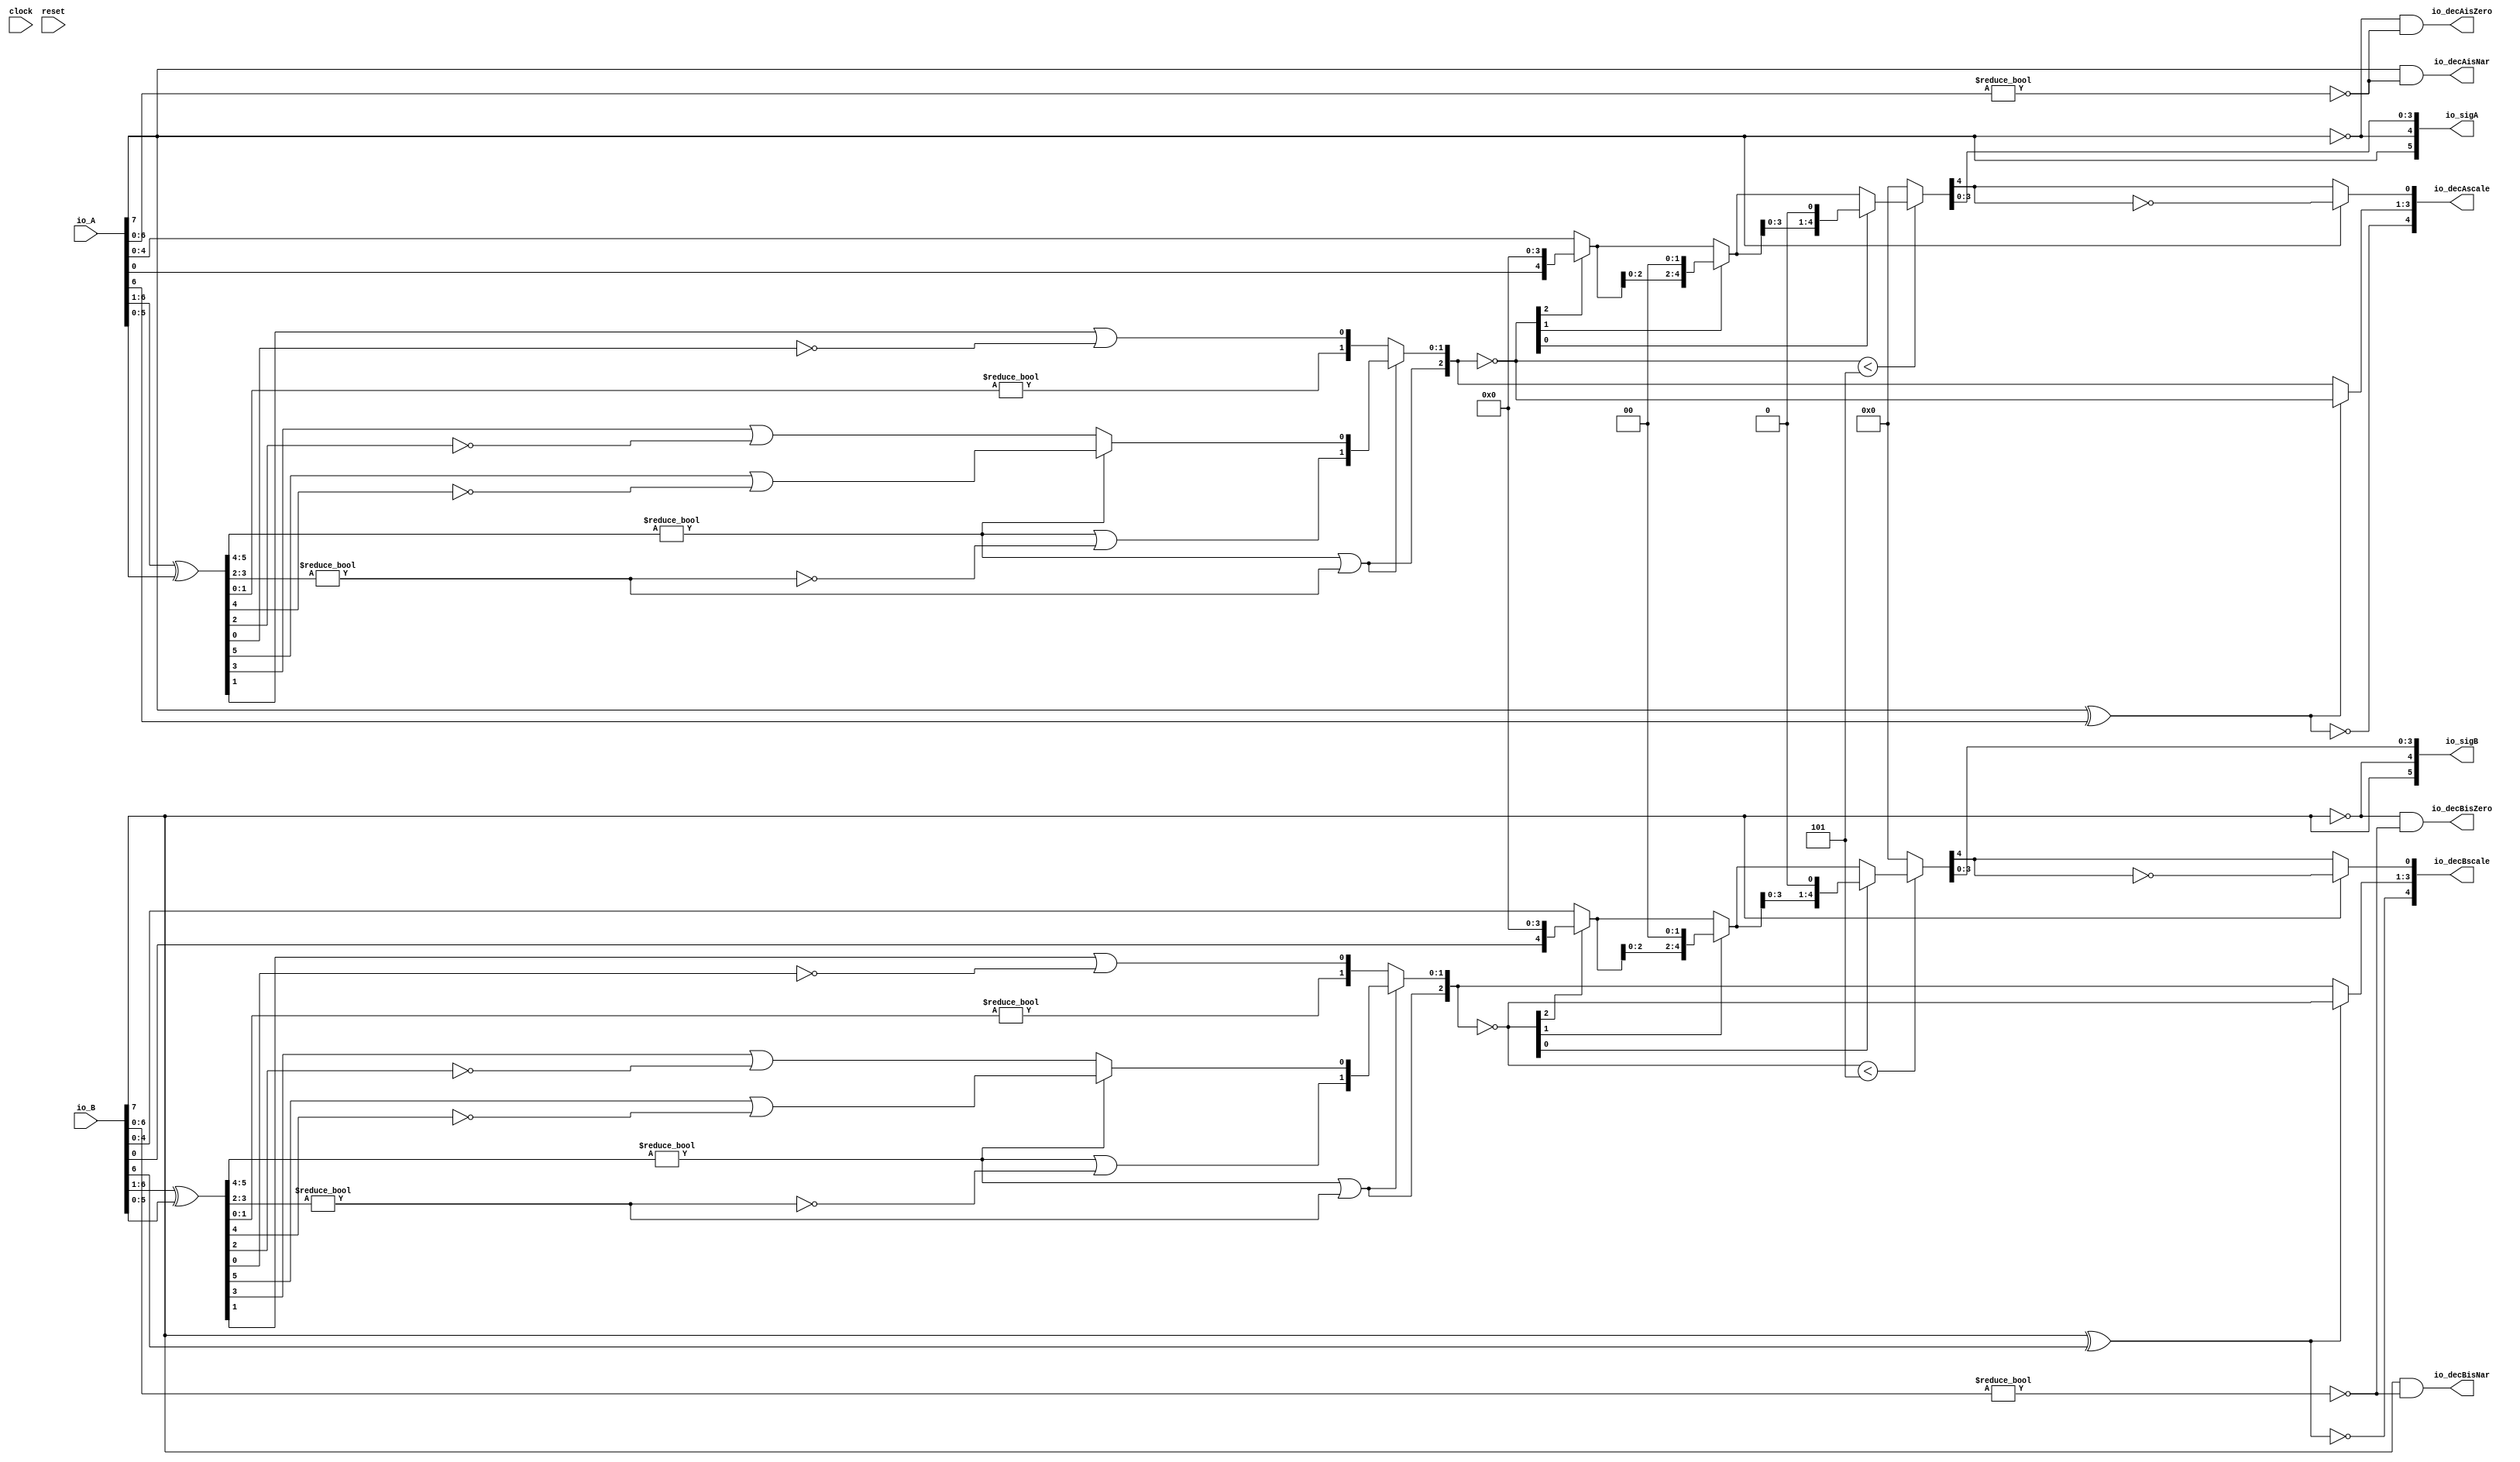
module PositMulDec8_1(
  input        clock,
  input        reset,
  input  [7:0] io_A,
  input  [7:0] io_B,
  output [5:0] io_sigA,
  output [5:0] io_sigB,
  output [4:0] io_decAscale,
  output [4:0] io_decBscale,
  output       io_decAisNar,
  output       io_decBisNar,
  output       io_decAisZero,
  output       io_decBisZero
);
  wire  _T_1; // @[convert.scala 18:24]
  wire  _T_2; // @[convert.scala 18:40]
  wire  _T_3; // @[convert.scala 18:36]
  wire [5:0] _T_4; // @[convert.scala 19:24]
  wire [5:0] _T_5; // @[convert.scala 19:43]
  wire [5:0] _T_6; // @[convert.scala 19:39]
  wire [3:0] _T_7; // @[LZD.scala 43:32]
  wire [1:0] _T_8; // @[LZD.scala 43:32]
  wire  _T_9; // @[LZD.scala 39:14]
  wire  _T_10; // @[LZD.scala 39:21]
  wire  _T_11; // @[LZD.scala 39:30]
  wire  _T_12; // @[LZD.scala 39:27]
  wire  _T_13; // @[LZD.scala 39:25]
  wire [1:0] _T_14; // @[Cat.scala 29:58]
  wire [1:0] _T_15; // @[LZD.scala 44:32]
  wire  _T_16; // @[LZD.scala 39:14]
  wire  _T_17; // @[LZD.scala 39:21]
  wire  _T_18; // @[LZD.scala 39:30]
  wire  _T_19; // @[LZD.scala 39:27]
  wire  _T_20; // @[LZD.scala 39:25]
  wire [1:0] _T_21; // @[Cat.scala 29:58]
  wire  _T_22; // @[Shift.scala 12:21]
  wire  _T_23; // @[Shift.scala 12:21]
  wire  _T_24; // @[LZD.scala 49:16]
  wire  _T_25; // @[LZD.scala 49:27]
  wire  _T_26; // @[LZD.scala 49:25]
  wire  _T_27; // @[LZD.scala 49:47]
  wire  _T_28; // @[LZD.scala 49:59]
  wire  _T_29; // @[LZD.scala 49:35]
  wire [2:0] _T_31; // @[Cat.scala 29:58]
  wire [1:0] _T_32; // @[LZD.scala 44:32]
  wire  _T_33; // @[LZD.scala 39:14]
  wire  _T_34; // @[LZD.scala 39:21]
  wire  _T_35; // @[LZD.scala 39:30]
  wire  _T_36; // @[LZD.scala 39:27]
  wire  _T_37; // @[LZD.scala 39:25]
  wire [1:0] _T_38; // @[Cat.scala 29:58]
  wire  _T_39; // @[Shift.scala 12:21]
  wire [1:0] _T_41; // @[LZD.scala 55:32]
  wire [1:0] _T_42; // @[LZD.scala 55:20]
  wire [2:0] _T_43; // @[Cat.scala 29:58]
  wire [2:0] _T_44; // @[convert.scala 21:22]
  wire [4:0] _T_45; // @[convert.scala 22:36]
  wire  _T_46; // @[Shift.scala 16:24]
  wire  _T_48; // @[Shift.scala 12:21]
  wire  _T_49; // @[Shift.scala 64:52]
  wire [4:0] _T_51; // @[Cat.scala 29:58]
  wire [4:0] _T_52; // @[Shift.scala 64:27]
  wire [1:0] _T_53; // @[Shift.scala 66:70]
  wire  _T_54; // @[Shift.scala 12:21]
  wire [2:0] _T_55; // @[Shift.scala 64:52]
  wire [4:0] _T_57; // @[Cat.scala 29:58]
  wire [4:0] _T_58; // @[Shift.scala 64:27]
  wire  _T_59; // @[Shift.scala 66:70]
  wire [3:0] _T_61; // @[Shift.scala 64:52]
  wire [4:0] _T_62; // @[Cat.scala 29:58]
  wire [4:0] _T_63; // @[Shift.scala 64:27]
  wire [4:0] _T_64; // @[Shift.scala 16:10]
  wire  _T_65; // @[convert.scala 23:34]
  wire [3:0] decA_fraction; // @[convert.scala 24:34]
  wire  _T_67; // @[convert.scala 25:26]
  wire [2:0] _T_69; // @[convert.scala 25:42]
  wire  _T_72; // @[convert.scala 26:67]
  wire  _T_73; // @[convert.scala 26:51]
  wire [4:0] _T_74; // @[Cat.scala 29:58]
  wire [6:0] _T_76; // @[convert.scala 29:56]
  wire  _T_77; // @[convert.scala 29:60]
  wire  _T_78; // @[convert.scala 29:41]
  wire  _T_81; // @[convert.scala 30:19]
  wire  _T_90; // @[convert.scala 18:24]
  wire  _T_91; // @[convert.scala 18:40]
  wire  _T_92; // @[convert.scala 18:36]
  wire [5:0] _T_93; // @[convert.scala 19:24]
  wire [5:0] _T_94; // @[convert.scala 19:43]
  wire [5:0] _T_95; // @[convert.scala 19:39]
  wire [3:0] _T_96; // @[LZD.scala 43:32]
  wire [1:0] _T_97; // @[LZD.scala 43:32]
  wire  _T_98; // @[LZD.scala 39:14]
  wire  _T_99; // @[LZD.scala 39:21]
  wire  _T_100; // @[LZD.scala 39:30]
  wire  _T_101; // @[LZD.scala 39:27]
  wire  _T_102; // @[LZD.scala 39:25]
  wire [1:0] _T_103; // @[Cat.scala 29:58]
  wire [1:0] _T_104; // @[LZD.scala 44:32]
  wire  _T_105; // @[LZD.scala 39:14]
  wire  _T_106; // @[LZD.scala 39:21]
  wire  _T_107; // @[LZD.scala 39:30]
  wire  _T_108; // @[LZD.scala 39:27]
  wire  _T_109; // @[LZD.scala 39:25]
  wire [1:0] _T_110; // @[Cat.scala 29:58]
  wire  _T_111; // @[Shift.scala 12:21]
  wire  _T_112; // @[Shift.scala 12:21]
  wire  _T_113; // @[LZD.scala 49:16]
  wire  _T_114; // @[LZD.scala 49:27]
  wire  _T_115; // @[LZD.scala 49:25]
  wire  _T_116; // @[LZD.scala 49:47]
  wire  _T_117; // @[LZD.scala 49:59]
  wire  _T_118; // @[LZD.scala 49:35]
  wire [2:0] _T_120; // @[Cat.scala 29:58]
  wire [1:0] _T_121; // @[LZD.scala 44:32]
  wire  _T_122; // @[LZD.scala 39:14]
  wire  _T_123; // @[LZD.scala 39:21]
  wire  _T_124; // @[LZD.scala 39:30]
  wire  _T_125; // @[LZD.scala 39:27]
  wire  _T_126; // @[LZD.scala 39:25]
  wire [1:0] _T_127; // @[Cat.scala 29:58]
  wire  _T_128; // @[Shift.scala 12:21]
  wire [1:0] _T_130; // @[LZD.scala 55:32]
  wire [1:0] _T_131; // @[LZD.scala 55:20]
  wire [2:0] _T_132; // @[Cat.scala 29:58]
  wire [2:0] _T_133; // @[convert.scala 21:22]
  wire [4:0] _T_134; // @[convert.scala 22:36]
  wire  _T_135; // @[Shift.scala 16:24]
  wire  _T_137; // @[Shift.scala 12:21]
  wire  _T_138; // @[Shift.scala 64:52]
  wire [4:0] _T_140; // @[Cat.scala 29:58]
  wire [4:0] _T_141; // @[Shift.scala 64:27]
  wire [1:0] _T_142; // @[Shift.scala 66:70]
  wire  _T_143; // @[Shift.scala 12:21]
  wire [2:0] _T_144; // @[Shift.scala 64:52]
  wire [4:0] _T_146; // @[Cat.scala 29:58]
  wire [4:0] _T_147; // @[Shift.scala 64:27]
  wire  _T_148; // @[Shift.scala 66:70]
  wire [3:0] _T_150; // @[Shift.scala 64:52]
  wire [4:0] _T_151; // @[Cat.scala 29:58]
  wire [4:0] _T_152; // @[Shift.scala 64:27]
  wire [4:0] _T_153; // @[Shift.scala 16:10]
  wire  _T_154; // @[convert.scala 23:34]
  wire [3:0] decB_fraction; // @[convert.scala 24:34]
  wire  _T_156; // @[convert.scala 25:26]
  wire [2:0] _T_158; // @[convert.scala 25:42]
  wire  _T_161; // @[convert.scala 26:67]
  wire  _T_162; // @[convert.scala 26:51]
  wire [4:0] _T_163; // @[Cat.scala 29:58]
  wire [6:0] _T_165; // @[convert.scala 29:56]
  wire  _T_166; // @[convert.scala 29:60]
  wire  _T_167; // @[convert.scala 29:41]
  wire  _T_170; // @[convert.scala 30:19]
  wire  _T_178; // @[PositMulDec.scala 31:34]
  wire [5:0] _T_180; // @[Cat.scala 29:58]
  wire  _T_182; // @[PositMulDec.scala 32:34]
  wire [5:0] _T_184; // @[Cat.scala 29:58]
  assign _T_1 = io_A[7]; // @[convert.scala 18:24]
  assign _T_2 = io_A[6]; // @[convert.scala 18:40]
  assign _T_3 = _T_1 ^ _T_2; // @[convert.scala 18:36]
  assign _T_4 = io_A[6:1]; // @[convert.scala 19:24]
  assign _T_5 = io_A[5:0]; // @[convert.scala 19:43]
  assign _T_6 = _T_4 ^ _T_5; // @[convert.scala 19:39]
  assign _T_7 = _T_6[5:2]; // @[LZD.scala 43:32]
  assign _T_8 = _T_7[3:2]; // @[LZD.scala 43:32]
  assign _T_9 = _T_8 != 2'h0; // @[LZD.scala 39:14]
  assign _T_10 = _T_8[1]; // @[LZD.scala 39:21]
  assign _T_11 = _T_8[0]; // @[LZD.scala 39:30]
  assign _T_12 = ~ _T_11; // @[LZD.scala 39:27]
  assign _T_13 = _T_10 | _T_12; // @[LZD.scala 39:25]
  assign _T_14 = {_T_9,_T_13}; // @[Cat.scala 29:58]
  assign _T_15 = _T_7[1:0]; // @[LZD.scala 44:32]
  assign _T_16 = _T_15 != 2'h0; // @[LZD.scala 39:14]
  assign _T_17 = _T_15[1]; // @[LZD.scala 39:21]
  assign _T_18 = _T_15[0]; // @[LZD.scala 39:30]
  assign _T_19 = ~ _T_18; // @[LZD.scala 39:27]
  assign _T_20 = _T_17 | _T_19; // @[LZD.scala 39:25]
  assign _T_21 = {_T_16,_T_20}; // @[Cat.scala 29:58]
  assign _T_22 = _T_14[1]; // @[Shift.scala 12:21]
  assign _T_23 = _T_21[1]; // @[Shift.scala 12:21]
  assign _T_24 = _T_22 | _T_23; // @[LZD.scala 49:16]
  assign _T_25 = ~ _T_23; // @[LZD.scala 49:27]
  assign _T_26 = _T_22 | _T_25; // @[LZD.scala 49:25]
  assign _T_27 = _T_14[0:0]; // @[LZD.scala 49:47]
  assign _T_28 = _T_21[0:0]; // @[LZD.scala 49:59]
  assign _T_29 = _T_22 ? _T_27 : _T_28; // @[LZD.scala 49:35]
  assign _T_31 = {_T_24,_T_26,_T_29}; // @[Cat.scala 29:58]
  assign _T_32 = _T_6[1:0]; // @[LZD.scala 44:32]
  assign _T_33 = _T_32 != 2'h0; // @[LZD.scala 39:14]
  assign _T_34 = _T_32[1]; // @[LZD.scala 39:21]
  assign _T_35 = _T_32[0]; // @[LZD.scala 39:30]
  assign _T_36 = ~ _T_35; // @[LZD.scala 39:27]
  assign _T_37 = _T_34 | _T_36; // @[LZD.scala 39:25]
  assign _T_38 = {_T_33,_T_37}; // @[Cat.scala 29:58]
  assign _T_39 = _T_31[2]; // @[Shift.scala 12:21]
  assign _T_41 = _T_31[1:0]; // @[LZD.scala 55:32]
  assign _T_42 = _T_39 ? _T_41 : _T_38; // @[LZD.scala 55:20]
  assign _T_43 = {_T_39,_T_42}; // @[Cat.scala 29:58]
  assign _T_44 = ~ _T_43; // @[convert.scala 21:22]
  assign _T_45 = io_A[4:0]; // @[convert.scala 22:36]
  assign _T_46 = _T_44 < 3'h5; // @[Shift.scala 16:24]
  assign _T_48 = _T_44[2]; // @[Shift.scala 12:21]
  assign _T_49 = _T_45[0:0]; // @[Shift.scala 64:52]
  assign _T_51 = {_T_49,4'h0}; // @[Cat.scala 29:58]
  assign _T_52 = _T_48 ? _T_51 : _T_45; // @[Shift.scala 64:27]
  assign _T_53 = _T_44[1:0]; // @[Shift.scala 66:70]
  assign _T_54 = _T_53[1]; // @[Shift.scala 12:21]
  assign _T_55 = _T_52[2:0]; // @[Shift.scala 64:52]
  assign _T_57 = {_T_55,2'h0}; // @[Cat.scala 29:58]
  assign _T_58 = _T_54 ? _T_57 : _T_52; // @[Shift.scala 64:27]
  assign _T_59 = _T_53[0:0]; // @[Shift.scala 66:70]
  assign _T_61 = _T_58[3:0]; // @[Shift.scala 64:52]
  assign _T_62 = {_T_61,1'h0}; // @[Cat.scala 29:58]
  assign _T_63 = _T_59 ? _T_62 : _T_58; // @[Shift.scala 64:27]
  assign _T_64 = _T_46 ? _T_63 : 5'h0; // @[Shift.scala 16:10]
  assign _T_65 = _T_64[4:4]; // @[convert.scala 23:34]
  assign decA_fraction = _T_64[3:0]; // @[convert.scala 24:34]
  assign _T_67 = _T_3 == 1'h0; // @[convert.scala 25:26]
  assign _T_69 = _T_3 ? _T_44 : _T_43; // @[convert.scala 25:42]
  assign _T_72 = ~ _T_65; // @[convert.scala 26:67]
  assign _T_73 = _T_1 ? _T_72 : _T_65; // @[convert.scala 26:51]
  assign _T_74 = {_T_67,_T_69,_T_73}; // @[Cat.scala 29:58]
  assign _T_76 = io_A[6:0]; // @[convert.scala 29:56]
  assign _T_77 = _T_76 != 7'h0; // @[convert.scala 29:60]
  assign _T_78 = ~ _T_77; // @[convert.scala 29:41]
  assign _T_81 = _T_1 == 1'h0; // @[convert.scala 30:19]
  assign _T_90 = io_B[7]; // @[convert.scala 18:24]
  assign _T_91 = io_B[6]; // @[convert.scala 18:40]
  assign _T_92 = _T_90 ^ _T_91; // @[convert.scala 18:36]
  assign _T_93 = io_B[6:1]; // @[convert.scala 19:24]
  assign _T_94 = io_B[5:0]; // @[convert.scala 19:43]
  assign _T_95 = _T_93 ^ _T_94; // @[convert.scala 19:39]
  assign _T_96 = _T_95[5:2]; // @[LZD.scala 43:32]
  assign _T_97 = _T_96[3:2]; // @[LZD.scala 43:32]
  assign _T_98 = _T_97 != 2'h0; // @[LZD.scala 39:14]
  assign _T_99 = _T_97[1]; // @[LZD.scala 39:21]
  assign _T_100 = _T_97[0]; // @[LZD.scala 39:30]
  assign _T_101 = ~ _T_100; // @[LZD.scala 39:27]
  assign _T_102 = _T_99 | _T_101; // @[LZD.scala 39:25]
  assign _T_103 = {_T_98,_T_102}; // @[Cat.scala 29:58]
  assign _T_104 = _T_96[1:0]; // @[LZD.scala 44:32]
  assign _T_105 = _T_104 != 2'h0; // @[LZD.scala 39:14]
  assign _T_106 = _T_104[1]; // @[LZD.scala 39:21]
  assign _T_107 = _T_104[0]; // @[LZD.scala 39:30]
  assign _T_108 = ~ _T_107; // @[LZD.scala 39:27]
  assign _T_109 = _T_106 | _T_108; // @[LZD.scala 39:25]
  assign _T_110 = {_T_105,_T_109}; // @[Cat.scala 29:58]
  assign _T_111 = _T_103[1]; // @[Shift.scala 12:21]
  assign _T_112 = _T_110[1]; // @[Shift.scala 12:21]
  assign _T_113 = _T_111 | _T_112; // @[LZD.scala 49:16]
  assign _T_114 = ~ _T_112; // @[LZD.scala 49:27]
  assign _T_115 = _T_111 | _T_114; // @[LZD.scala 49:25]
  assign _T_116 = _T_103[0:0]; // @[LZD.scala 49:47]
  assign _T_117 = _T_110[0:0]; // @[LZD.scala 49:59]
  assign _T_118 = _T_111 ? _T_116 : _T_117; // @[LZD.scala 49:35]
  assign _T_120 = {_T_113,_T_115,_T_118}; // @[Cat.scala 29:58]
  assign _T_121 = _T_95[1:0]; // @[LZD.scala 44:32]
  assign _T_122 = _T_121 != 2'h0; // @[LZD.scala 39:14]
  assign _T_123 = _T_121[1]; // @[LZD.scala 39:21]
  assign _T_124 = _T_121[0]; // @[LZD.scala 39:30]
  assign _T_125 = ~ _T_124; // @[LZD.scala 39:27]
  assign _T_126 = _T_123 | _T_125; // @[LZD.scala 39:25]
  assign _T_127 = {_T_122,_T_126}; // @[Cat.scala 29:58]
  assign _T_128 = _T_120[2]; // @[Shift.scala 12:21]
  assign _T_130 = _T_120[1:0]; // @[LZD.scala 55:32]
  assign _T_131 = _T_128 ? _T_130 : _T_127; // @[LZD.scala 55:20]
  assign _T_132 = {_T_128,_T_131}; // @[Cat.scala 29:58]
  assign _T_133 = ~ _T_132; // @[convert.scala 21:22]
  assign _T_134 = io_B[4:0]; // @[convert.scala 22:36]
  assign _T_135 = _T_133 < 3'h5; // @[Shift.scala 16:24]
  assign _T_137 = _T_133[2]; // @[Shift.scala 12:21]
  assign _T_138 = _T_134[0:0]; // @[Shift.scala 64:52]
  assign _T_140 = {_T_138,4'h0}; // @[Cat.scala 29:58]
  assign _T_141 = _T_137 ? _T_140 : _T_134; // @[Shift.scala 64:27]
  assign _T_142 = _T_133[1:0]; // @[Shift.scala 66:70]
  assign _T_143 = _T_142[1]; // @[Shift.scala 12:21]
  assign _T_144 = _T_141[2:0]; // @[Shift.scala 64:52]
  assign _T_146 = {_T_144,2'h0}; // @[Cat.scala 29:58]
  assign _T_147 = _T_143 ? _T_146 : _T_141; // @[Shift.scala 64:27]
  assign _T_148 = _T_142[0:0]; // @[Shift.scala 66:70]
  assign _T_150 = _T_147[3:0]; // @[Shift.scala 64:52]
  assign _T_151 = {_T_150,1'h0}; // @[Cat.scala 29:58]
  assign _T_152 = _T_148 ? _T_151 : _T_147; // @[Shift.scala 64:27]
  assign _T_153 = _T_135 ? _T_152 : 5'h0; // @[Shift.scala 16:10]
  assign _T_154 = _T_153[4:4]; // @[convert.scala 23:34]
  assign decB_fraction = _T_153[3:0]; // @[convert.scala 24:34]
  assign _T_156 = _T_92 == 1'h0; // @[convert.scala 25:26]
  assign _T_158 = _T_92 ? _T_133 : _T_132; // @[convert.scala 25:42]
  assign _T_161 = ~ _T_154; // @[convert.scala 26:67]
  assign _T_162 = _T_90 ? _T_161 : _T_154; // @[convert.scala 26:51]
  assign _T_163 = {_T_156,_T_158,_T_162}; // @[Cat.scala 29:58]
  assign _T_165 = io_B[6:0]; // @[convert.scala 29:56]
  assign _T_166 = _T_165 != 7'h0; // @[convert.scala 29:60]
  assign _T_167 = ~ _T_166; // @[convert.scala 29:41]
  assign _T_170 = _T_90 == 1'h0; // @[convert.scala 30:19]
  assign _T_178 = ~ _T_1; // @[PositMulDec.scala 31:34]
  assign _T_180 = {_T_1,_T_178,decA_fraction}; // @[Cat.scala 29:58]
  assign _T_182 = ~ _T_90; // @[PositMulDec.scala 32:34]
  assign _T_184 = {_T_90,_T_182,decB_fraction}; // @[Cat.scala 29:58]
  assign io_sigA = $signed(_T_180); // @[PositMulDec.scala 31:16]
  assign io_sigB = $signed(_T_184); // @[PositMulDec.scala 32:16]
  assign io_decAscale = $signed(_T_74); // @[PositMulDec.scala 33:16]
  assign io_decBscale = $signed(_T_163); // @[PositMulDec.scala 34:16]
  assign io_decAisNar = _T_1 & _T_78; // @[PositMulDec.scala 35:16]
  assign io_decBisNar = _T_90 & _T_167; // @[PositMulDec.scala 36:16]
  assign io_decAisZero = _T_81 & _T_78; // @[PositMulDec.scala 37:17]
  assign io_decBisZero = _T_170 & _T_167; // @[PositMulDec.scala 38:17]
endmodule